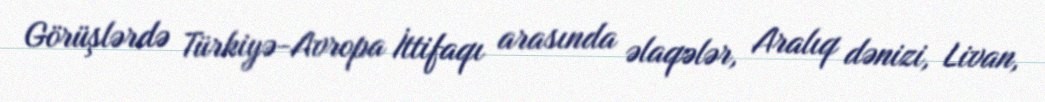
Görüşlərdə Türkiyə-Avropa İttifaqı arasında əlaqələr, Aralıq dənizi, Livan,